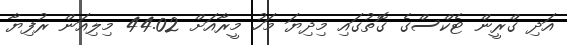
އަދި ގްރީން ޓެކްސްގެ ގޮތުގައި މިދިޔަ މަހު މީރާއަށް 44.02 މިލިއަން ރުފިޔާ